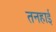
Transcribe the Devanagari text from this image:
तनहाई